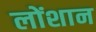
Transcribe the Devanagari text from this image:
लोंशान